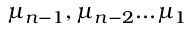
\mu _ { n - 1 } , \mu _ { n - 2 } . . . \mu _ { 1 }